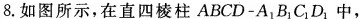
8.如图所示，在直四棱柱ABCD-A_{1}B_{1}C_{1}D_{1}中，